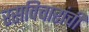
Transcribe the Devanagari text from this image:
रसविचारांची